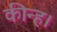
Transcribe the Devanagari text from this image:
कीन्‍ह।